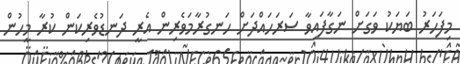
މިފަހަރު ބަޔަކު ވަގަށް ނަގާފައިވާ ސަރަހައްދަށް ހަނގުރާމަވެރިން އެރީ ދަނޑުވެރިކަން ކުރާ މީހުން